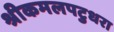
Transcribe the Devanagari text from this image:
श्रीकमलपटुधरा